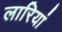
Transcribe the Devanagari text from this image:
लारियां